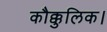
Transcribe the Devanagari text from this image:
कौक्कुलिक।